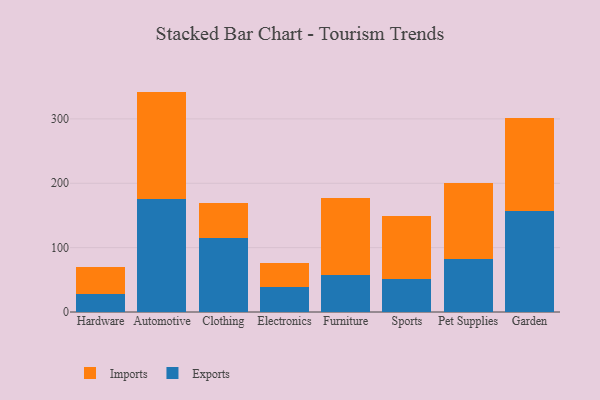
{"axis": {"x": "Category", "y": "Tickets Resolved"}, "legend": ["Exports", "Imports"], "data": [{"x": "Hardware", "y": 28.6, "type": "Exports"}, {"x": "Hardware", "y": 41.9, "type": "Imports"}, {"x": "Automotive", "y": 175.0, "type": "Exports"}, {"x": "Automotive", "y": 167.4, "type": "Imports"}, {"x": "Clothing", "y": 115.7, "type": "Exports"}, {"x": "Clothing", "y": 53.7, "type": "Imports"}, {"x": "Electronics", "y": 38.5, "type": "Exports"}, {"x": "Electronics", "y": 38.1, "type": "Imports"}, {"x": "Furniture", "y": 57.8, "type": "Exports"}, {"x": "Furniture", "y": 119.7, "type": "Imports"}, {"x": "Sports", "y": 51.7, "type": "Exports"}, {"x": "Sports", "y": 96.8, "type": "Imports"}, {"x": "Pet Supplies", "y": 81.6, "type": "Exports"}, {"x": "Pet Supplies", "y": 118.2, "type": "Imports"}, {"x": "Garden", "y": 156.2, "type": "Exports"}, {"x": "Garden", "y": 145.5, "type": "Imports"}]}